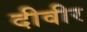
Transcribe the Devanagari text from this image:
दीवीर